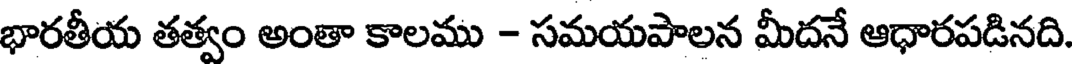
భారతీయ తత్వం అంతా కాలము - సమయపాలన మీదనే ఆధారపడినది